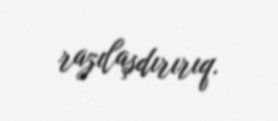
razılaşdırırıq.